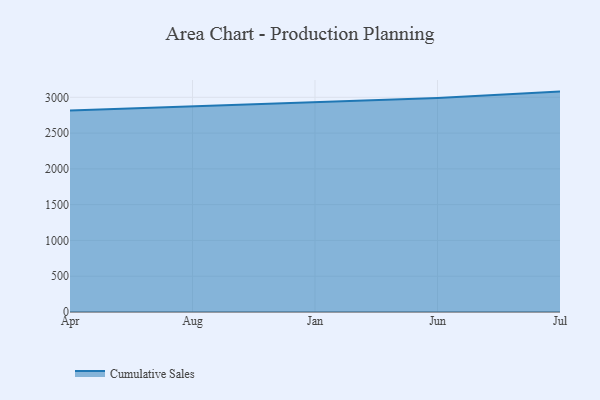
{"axis": {"x": "Month", "y": "Temperature (°C)"}, "legend": ["Cumulative Sales"], "data": [{"x": "Apr", "y": 2814.3, "type": "Cumulative Sales"}, {"x": "Aug", "y": 2869.4, "type": "Cumulative Sales"}, {"x": "Jan", "y": 2926.9, "type": "Cumulative Sales"}, {"x": "Jun", "y": 2990.0, "type": "Cumulative Sales"}, {"x": "Jul", "y": 3079.6, "type": "Cumulative Sales"}]}